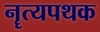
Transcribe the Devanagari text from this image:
नॄत्यपथक